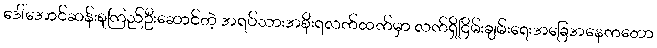
ဒေါ်အောင်ဆန်းစုကြည်ဦးဆောင်တဲ့ အရပ်သားအစိုးရလက်ထက်မှာ လက်ရှိငြိမ်းချမ်းရေးအခြေအနေကတော